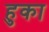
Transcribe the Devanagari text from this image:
हुका